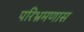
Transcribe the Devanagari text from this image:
परिभ्रमणास